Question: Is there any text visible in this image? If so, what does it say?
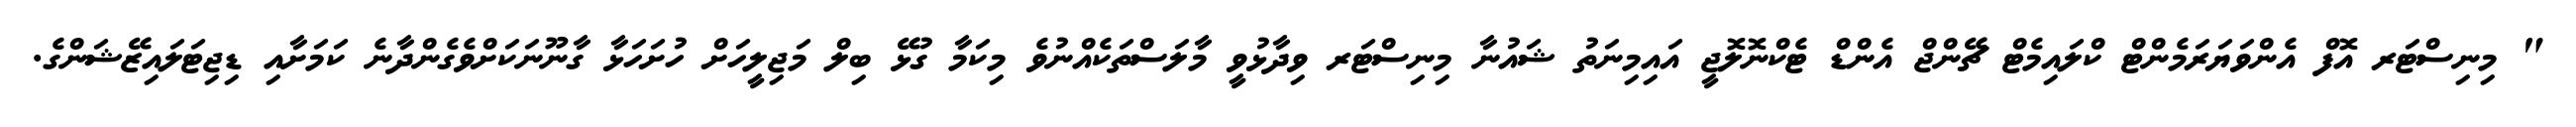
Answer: " މިނިސްޓަރ އޮފް އެންވަޔަރަމެންޓް ކްލައިމެޓް ޗޭންޖް އެންޑް ޓެކްނޮލޮޖީ އައިމިނަތު ޝައުނާ މިނިސްޓަރ ވިދާޅުވީ މާލަސްތަކެއްނުވެ މިކަމާ ގުޅޭ ބިލް މަޖިލީހަށް ހުށަހަޅާ ގާނޫނަކަށްވެގެންދާނެ ކަމަށާއި ޑިޖިޓަލައިޒޭޝަންގެ.